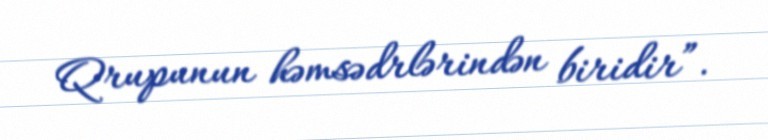
Qrupunun həmsədrlərindən biridir”.